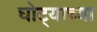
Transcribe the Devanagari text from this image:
घोट्याच्या